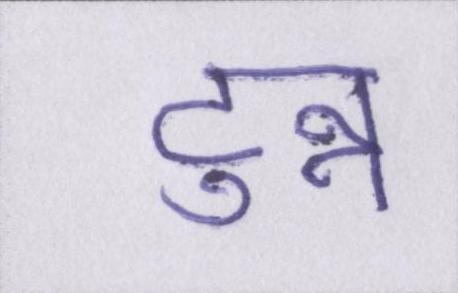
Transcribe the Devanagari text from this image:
टुन्न